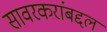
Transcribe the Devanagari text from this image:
सावरकरांबद्दल